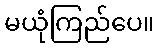
မယုံကြည်ပေ။